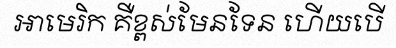
អាមេរិក គឺខ្ពស់មែនទែន ហើយបើ